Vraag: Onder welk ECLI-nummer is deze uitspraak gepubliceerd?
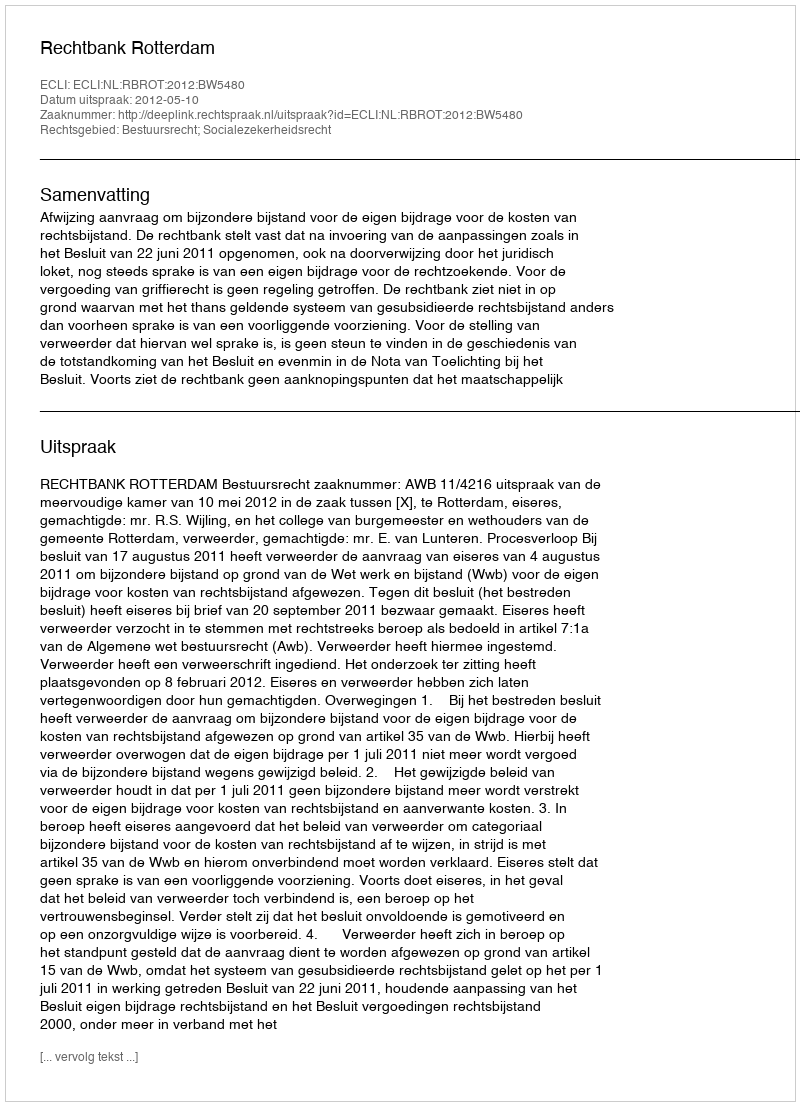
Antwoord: ECLI:NL:RBROT:2012:BW5480